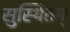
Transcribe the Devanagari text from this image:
सुस्थितम्